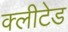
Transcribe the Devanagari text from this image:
क्लीटेड